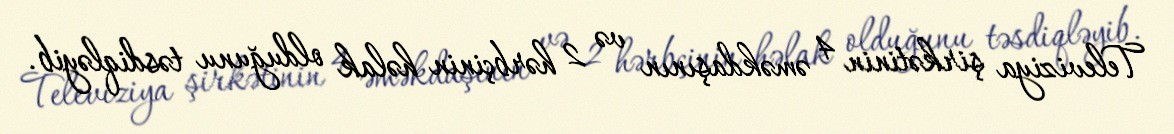
Televiziya şirkətinin 4 əməkdaşının və 2 hərbçinin həlak olduğunu təsdiqləyib.